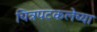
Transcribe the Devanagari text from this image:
चित्रपटकलेच्या